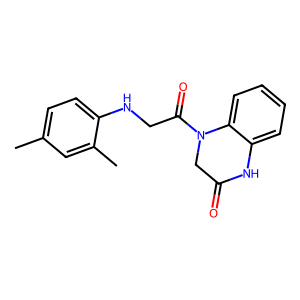
SMILES: Cc1ccc(NCC(=O)N2CC(=O)Nc3ccccc32)c(C)c1
Inhibits HIV replication: No